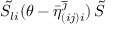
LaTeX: \tilde { S } _ { l i } ( \theta - \bar { \eta } _ { ( i j ) i } ^ { \overline { { { \jmath } } } } ) \, \tilde { S }